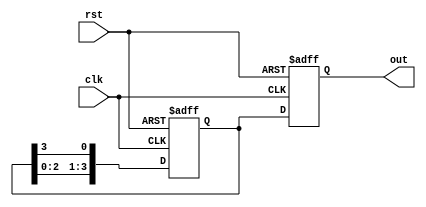
module ring_counter #(parameter WIDTH=4)(
    input wire clk,
    input wire rst,
    output reg [WIDTH-1:0] out
);

    reg [WIDTH-1:0] next_state;

    always @(posedge clk or posedge rst) begin
        if (rst) begin
            out <= 'd0;
            next_state <= 'd0;
        end else begin
            out <= next_state;
            next_state <= {next_state[WIDTH-2:0], next_state[WIDTH-1]};
        end
    end

endmodule